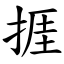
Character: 捱